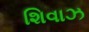
શિવાઝ